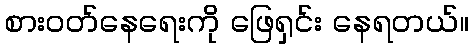
စားဝတ်နေရေးကို ဖြေရှင်း နေရတယ်။